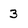
Character: 3